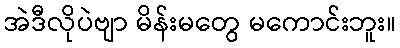
အဲဒီလိုပဲဗျာ မိန်းမတွေ မကောင်းဘူး။